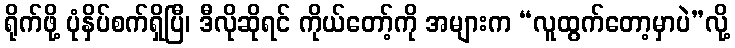
ရိုက်ဖို့ ပုံနှိပ်စက်ရှိပြီ၊ ဒီလိုဆိုရင် ကိုယ်တော့်ကို အများက “လူထွက်တော့မှာပဲ”လို့